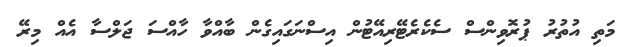
މަތި އުތުރު ޕުރޮވިންސް ސެކެރެޓޭރިއޭޓުން އިސްނަގައިގެން ބާއްވާ ހާއްސަ ޖަލްސާ އެއް މިރޭ